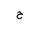
Letter: _ha